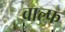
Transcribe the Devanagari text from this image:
वाल्फ